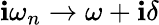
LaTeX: \mathbf{i}\omega_{n}\rightarrow\omega+\mathbf{i}\delta